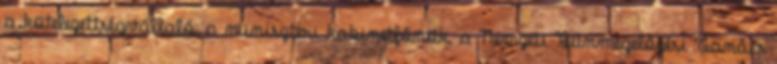
a kötelezettségvállaló: a miniszteri kabinetfőnök, a Nemzeti Bűnmegelőzési Tanács